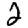
Digit: 2